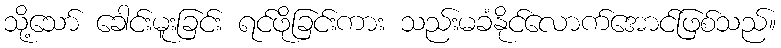
သို့သော် ခေါင်းမူးခြင်း ရင်ဖိုခြင်းကား သည်းမခံနိုင်လောက်အောင်ဖြစ်သည်။